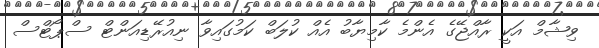
ވިޝާމް އަކީ ރާއްޖޭގެ އެންމެ ކާމިޔާބު އެއް ކުލަބް ކަމުގައިވާ ނިއުރޭޑިއަންޓް ސްޕޯޓްސް